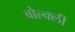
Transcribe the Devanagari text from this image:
बोल्क्ली